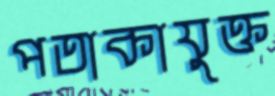
পতাকাযুক্ত